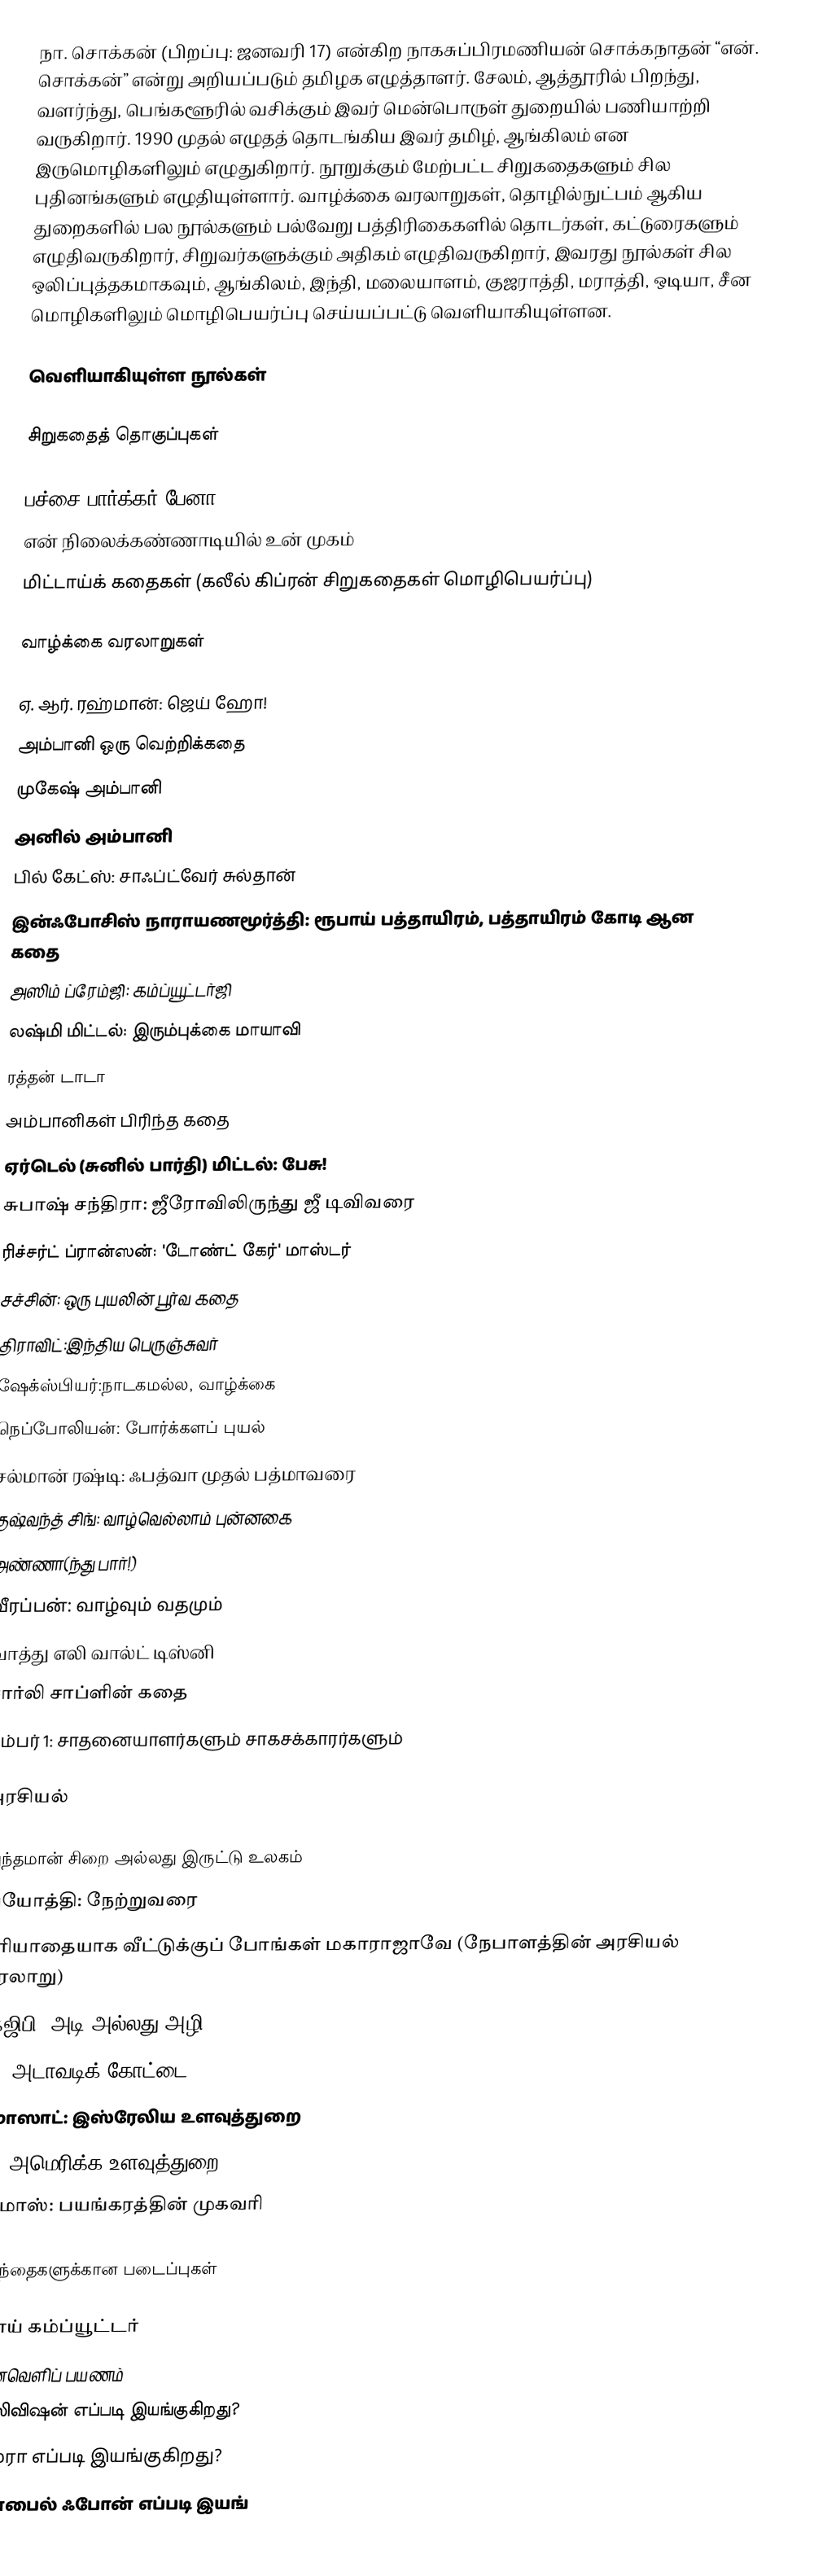
நா.  சொக்கன் (பிறப்பு: ஜனவரி 17) என்கிற  நாகசுப்பிரமணியன் சொக்கநாதன் “என். சொக்கன்” என்று அறியப்படும் தமிழக எழுத்தாளர். சேலம், ஆத்தூரில் பிறந்து, வளர்ந்து, பெங்களூரில் வசிக்கும் இவர் மென்பொருள் துறையில் பணியாற்றி வருகிறார். 1990 முதல் எழுதத் தொடங்கிய இவர் தமிழ், ஆங்கிலம் என இருமொழிகளிலும் எழுதுகிறார். நூறுக்கும் மேற்பட்ட சிறுகதைகளும் சில புதினங்களும் எழுதியுள்ளார். வாழ்க்கை வரலாறுகள், தொழில்நுட்பம் ஆகிய துறைகளில் பல நூல்களும் பல்வேறு பத்திரிகைகளில் தொடர்கள், கட்டுரைகளும் எழுதிவருகிறார், சிறுவர்களுக்கும் அதிகம் எழுதிவருகிறார்,  இவரது நூல்கள் சில ஒலிப்புத்தகமாகவும், ஆங்கிலம், இந்தி, மலையாளம், குஜராத்தி, மராத்தி, ஒடியா, சீன மொழிகளிலும் மொழிபெயர்ப்பு செய்யப்பட்டு வெளியாகியுள்ளன.

வெளியாகியுள்ள நூல்கள்

சிறுகதைத் தொகுப்புகள்

பச்சை பார்க்கர் பேனா
என் நிலைக்கண்ணாடியில் உன் முகம்
மிட்டாய்க் கதைகள் (கலீல் கிப்ரன் சிறுகதைகள் மொழிபெயர்ப்பு)

வாழ்க்கை வரலாறுகள்

ஏ. ஆர். ரஹ்மான்: ஜெய் ஹோ!
அம்பானி ஒரு வெற்றிக்கதை
முகேஷ் அம்பானி
அனில் அம்பானி
பில் கேட்ஸ்: சாஃப்ட்வேர் சுல்தான்
இன்ஃபோசிஸ் நாராயணமூர்த்தி: ரூபாய் பத்தாயிரம், பத்தாயிரம் கோடி ஆன கதை
அஸிம் ப்ரேம்ஜி: கம்ப்யூட்டர்ஜி
லஷ்மி மிட்டல்: இரும்புக்கை மாயாவி
ரத்தன் டாடா
அம்பானிகள் பிரிந்த கதை
ஏர்டெல் (சுனில் பார்தி) மிட்டல்: பேசு!
சுபாஷ் சந்திரா: ஜீரோவிலிருந்து ஜீ டிவிவரை
ரிச்சர்ட் ப்ரான்ஸன்: 'டோண்ட் கேர்' மாஸ்டர்
சச்சின்: ஒரு புயலின் பூர்வ கதை
திராவிட்:இந்திய பெருஞ்சுவர்
ஷேக்ஸ்பியர்:நாடகமல்ல, வாழ்க்கை
நெப்போலியன்: போர்க்களப் புயல்
சல்மான் ரஷ்டி: ஃபத்வா முதல் பத்மாவரை
குஷ்வந்த் சிங்: வாழ்வெல்லாம் புன்னகை
அண்ணா(ந்து பார்!)
வீரப்பன்: வாழ்வும் வதமும்
வாத்து எலி வால்ட் டிஸ்னி
சார்லி சாப்ளின் கதை
நம்பர் 1: சாதனையாளர்களும் சாகசக்காரர்களும்

அரசியல்

அந்தமான் சிறை அல்லது இருட்டு உலகம்
அயோத்தி: நேற்றுவரை
மரியாதையாக வீட்டுக்குப் போங்கள் மகாராஜாவே (நேபாளத்தின் அரசியல் வரலாறு)
கேஜிபி: அடி அல்லது அழி
CIA: அடாவடிக் கோட்டை
மொஸாட்: இஸ்ரேலிய  உளவுத்துறை
FBI: அமெரிக்க உளவுத்துறை
ஹமாஸ்: பயங்கரத்தின் முகவரி

குழந்தைகளுக்கான படைப்புகள்

ஹாய் கம்ப்யூட்டர்
விண்வெளிப் பயணம்
டெலிவிஷன் எப்படி இயங்குகிறது?
கேமரா எப்படி இயங்குகிறது?
மொபைல் ஃபோன் எப்படி இயங்